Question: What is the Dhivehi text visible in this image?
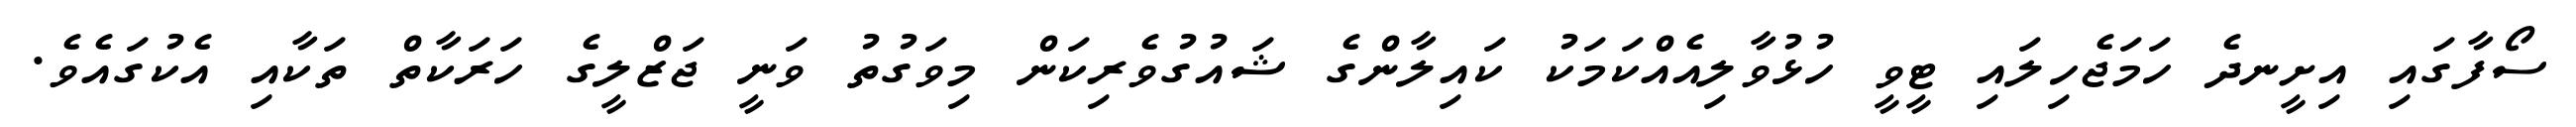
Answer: ސޯފާގައި އިށީނދެ ހަމަޖެހިލައި ޓީވީ ހުޅުވާލިއެއްކަމަކު ކައިލާންގެ ޝައުގުވެރިކަން މިވަގުތު ވަނީ ޖަޒްލީގެ ހަރަކާތް ތަކާއި އެކުގައެވެ.